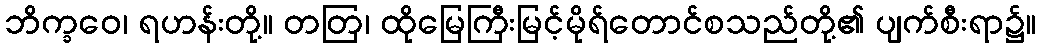
ဘိက္ခဝေ၊ ရဟန်းတို့။ တတြ၊ ထိုမြေကြီးမြင့်မိုရ်တောင်စသည်တို့၏ ပျက်စီးရာ၌။